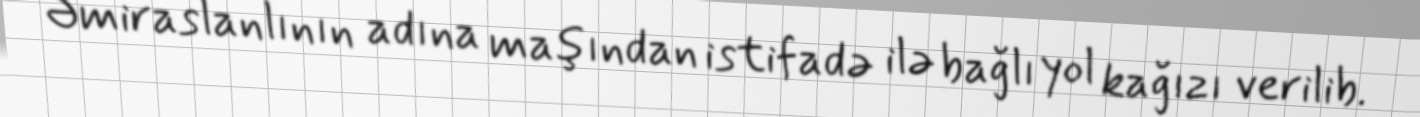
Əmiraslanlının adına maşından istifadə ilə bağlı yol kağızı verilib.